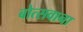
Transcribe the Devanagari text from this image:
बोत्‍सवाना